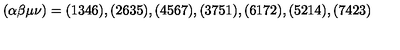
( \alpha \beta \mu \nu ) = ( 1 3 4 6 ) , ( 2 6 3 5 ) , ( 4 5 6 7 ) , ( 3 7 5 1 ) , ( 6 1 7 2 ) , ( 5 2 1 4 ) , ( 7 4 2 3 )